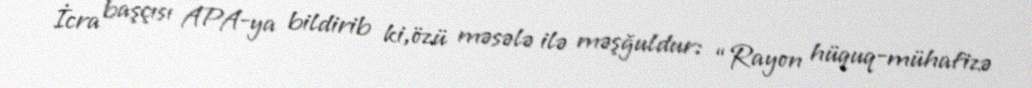
İcra başçısı APA-ya bildirib ki,özü məsələ ilə məşğuldur: “Rayon hüquq-mühafizə